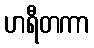
ဟရီတကာ